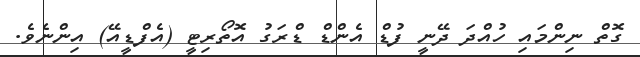
ގޮތް ނިންމައި ހުއްދަ ދޭނީ ފުޑް އެންޑް ޑްރަގު އޮތޯރިޓީ (އެފްޑީއޭ) އިންނެވެ.